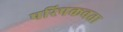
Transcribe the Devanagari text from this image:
परिपकवता